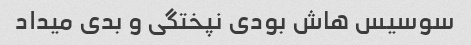
سوسیس هاش بودی نپختگی و بدی میداد